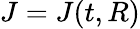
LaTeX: J=J(t,R)